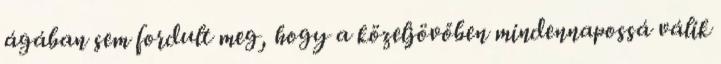
ágában sem fordult meg, hogy a közeljövőben mindennapossá válik